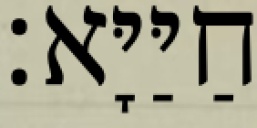
חַיַּיָּא׃